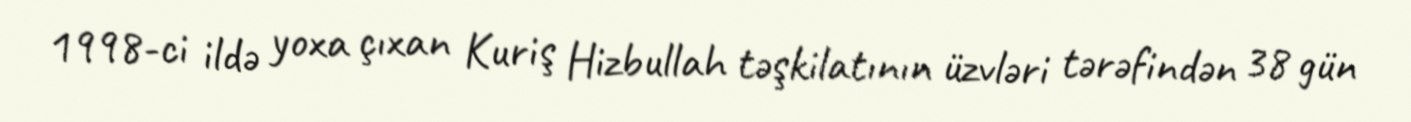
1998-ci ildə yoxa çıxan Kuriş Hizbullah təşkilatının üzvləri tərəfindən 38 gün